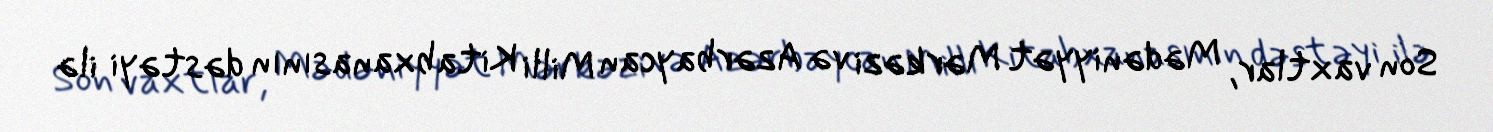
Son vaxtlar, Mədəniyyət Mərkəzi və Azərbaycan Milli Kitabxanasının dəstəyi ilə